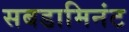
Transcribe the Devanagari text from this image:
सबडामिनंट